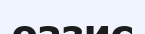
оазис